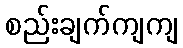
စည်းချက်ကျကျ